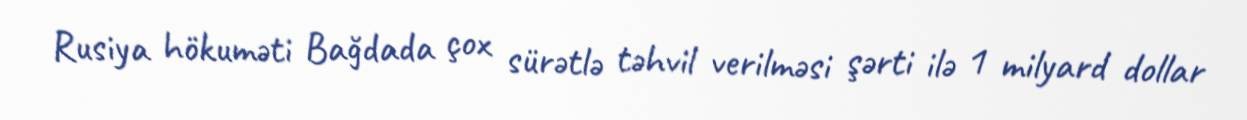
Rusiya hökuməti Bağdada çox sürətlə təhvil verilməsi şərti ilə 1 milyard dollar